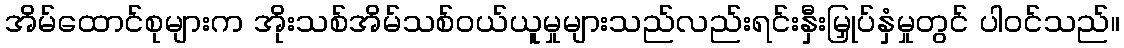
အိမ်ထောင်စုများက အိုးသစ်အိမ်သစ်ဝယ်ယူမှုများသည်လည်းရင်းနှီးမြှုပ်နှံမှုတွင် ပါဝင်သည်။